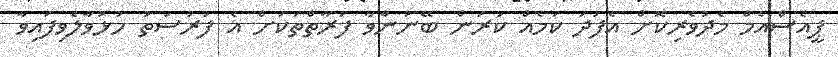
ޕީއެސްއެމް މެދުވެރިކޮށް އެފަދަ ކަމެއް ކުރަން ބޭނުންވާ ފަރާތްތަކަށް އެ ފުރުސަތު ހުޅުވާލެވިފައިވާ